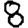
Digit: 8